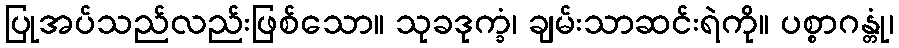
ပြုအပ်သည်လည်းဖြစ်သော။ သုခဒုက္ခံ၊ ချမ်းသာဆင်းရဲကို။ ပစ္စာဂန္တုံ၊